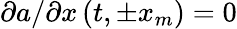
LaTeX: \partial a/\partial x\left(t,\pm x_{m}\right)=0